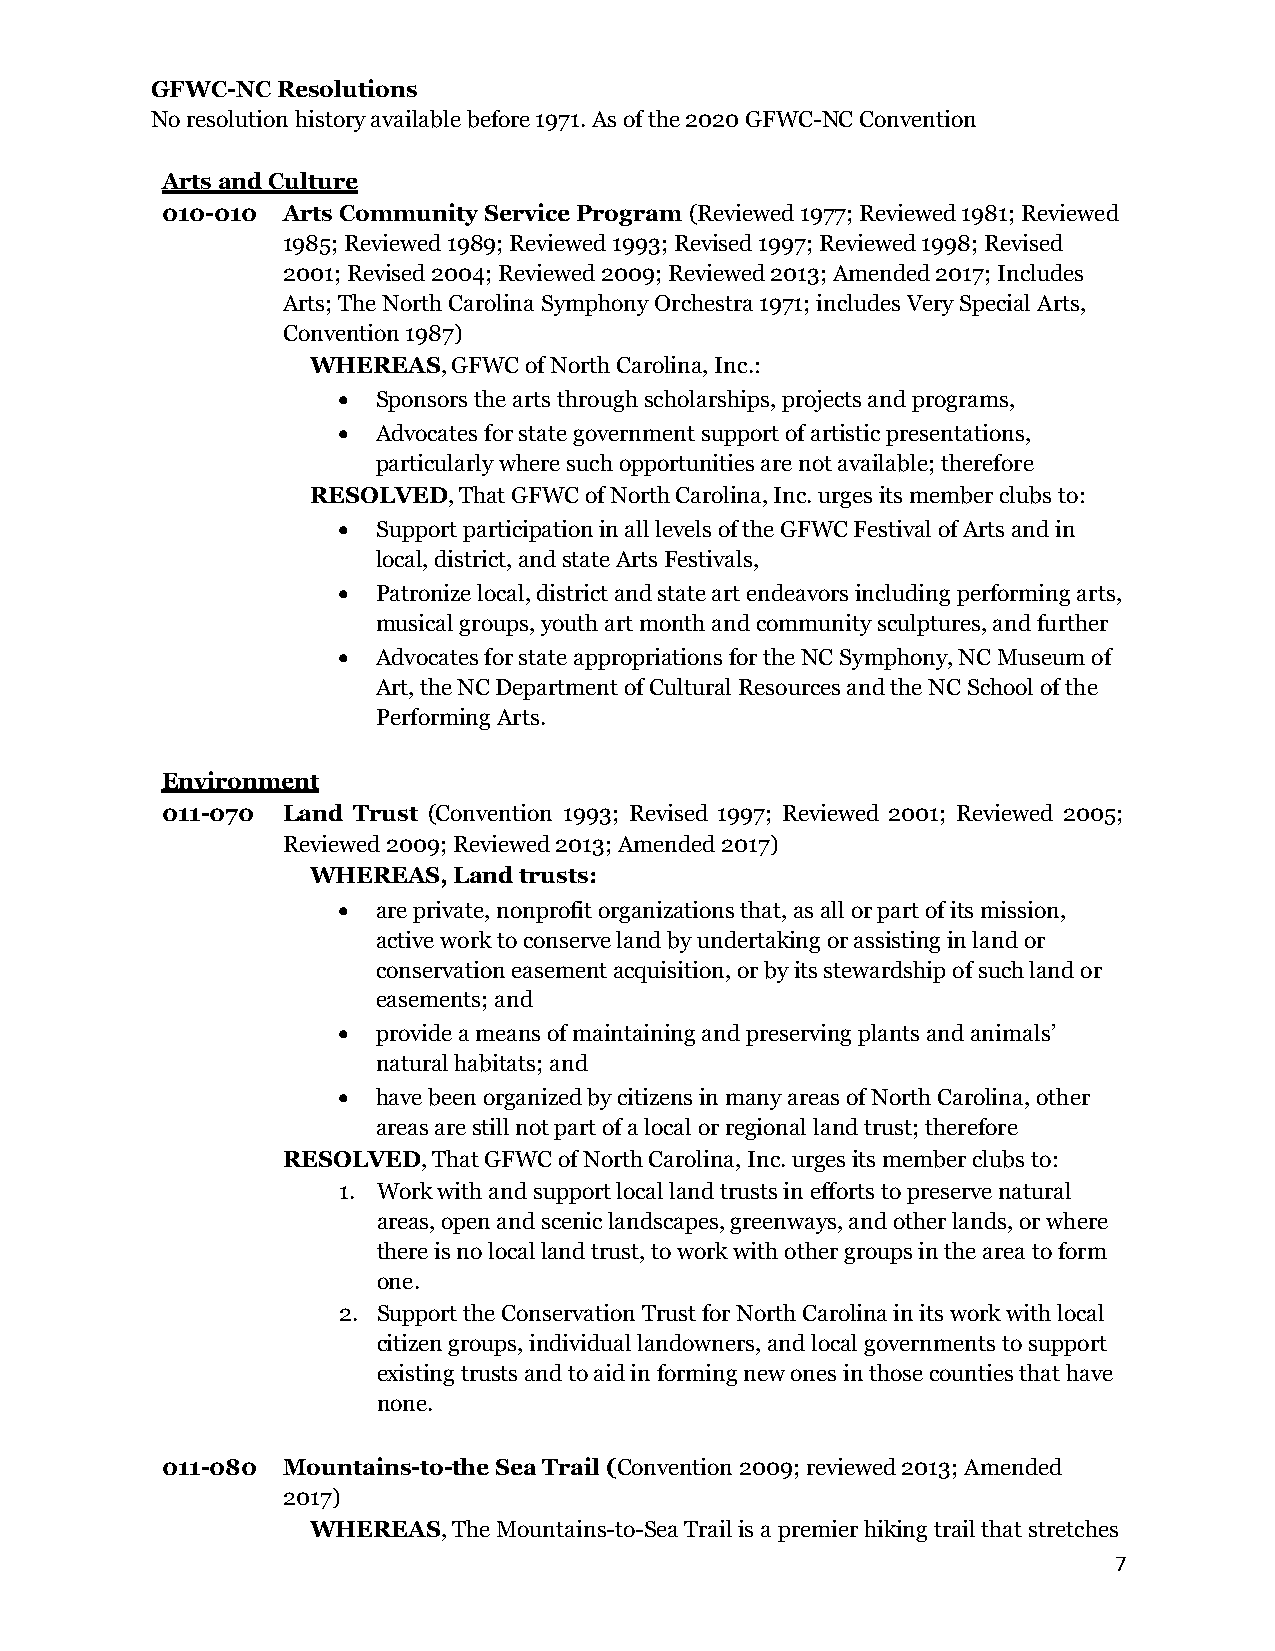
GFWC-NC Resolutions
 No resolution history available before 1971. As of the 2020 GFWC-NC Convention
 Arts and Culture
 010-010 Arts Community Service Program (Reviewed 1977; Reviewed 1981; Reviewed
 1985; Reviewed 1989; Reviewed 1993; Revised 1997; Reviewed 1998; Revised
 2001; Revised 2004; Reviewed 2009; Reviewed 2013; Amended 2017; Includes
 Arts; The North Carolina Symphony Orchestra 1971; includes Very Special Arts,
 Convention 1987)
 WHEREAS, GFWC of North Carolina, Inc.:
 •  Sponsors the arts through scholarships, projects and programs,
 •  Advocates for state government support of artistic presentations,
 particularly where such opportunities are not available; therefore
 RESOLVED, That GFWC of North Carolina, Inc. urges its member clubs to:
 •  Support participation in all levels of the GFWC Festival of Arts and in
 local, district, and state Arts Festivals,
 •  Patronize local, district and state art endeavors including performing arts,
 musical groups, youth art month and community sculptures, and further
 •  Advocates for state appropriations for the NC Symphony, NC Museum of
 Art, the NC Department of Cultural Resources and the NC School of the
 Performing Arts.
 Environment
 011-070 Land Trust (Convention 1993; Revised 1997; Reviewed 2001; Reviewed 2005;
 Reviewed 2009; Reviewed 2013; Amended 2017)
 WHEREAS, Land trusts:
 •  are private, nonprofit organizations that, as all or part of its mission,
 active work to conserve land by undertaking or assisting in land or
 conservation easement acquisition, or by its stewardship of such land or
 easements; and
 •  provide a means of maintaining and preserving plants and animals’
 natural habitats; and
 •  have been organized by citizens in many areas of North Carolina, other
 areas are still not part of a local or regional land trust; therefore
 RESOLVED, That GFWC of North Carolina, Inc. urges its member clubs to:
 1. Work with and support local land trusts in efforts to preserve natural
 areas, open and scenic landscapes, greenways, and other lands, or where
 there is no local land trust, to work with other groups in the area to form
 one.
 2. Support the Conservation Trust for North Carolina in its work with local
 citizen groups, individual landowners, and local governments to support
 existing trusts and to aid in forming new ones in those counties that have
 none.
 011-080 Mountains-to-the Sea Trail (Convention 2009; reviewed 2013; Amended
 2017)
 WHEREAS, The Mountains-to-Sea Trail is a premier hiking trail that stretches
 7